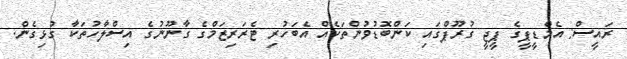
ރައީސް: އެމްޑީޕީގެ ޕީޖީ ގުރޫޕްގައި ކަންބޮޑުވުންތަކެއް އެބަހުރި ޓެރަރިޒަމްގެ ގާނޫނުގެ އިސްލާހުތަކާ ގުޅިގެން.